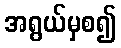
အရွယ်မှစ၍